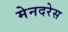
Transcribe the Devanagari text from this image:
मेनदरेस